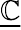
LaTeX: \underline{{\mathbb{C}}}